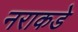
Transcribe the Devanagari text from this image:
नराकडे